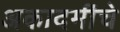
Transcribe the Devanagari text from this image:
अकादमींचे